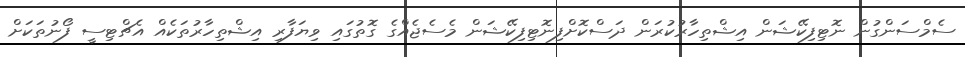
ސެމްސަންގުން ނޮޓިފިކޭޝަން އިޝްތިހާރުކުރަން ދަސްކޮށްފިނޮޓިފިކޭޝަން މެސެޖެއްގެ ގޮތުގައި ވިޔަފާރި އިޝްތިހާރުތަކެއް އެޗްޓިސީ ފޯނުތަކަށް